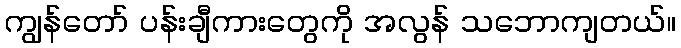
ကျွန်တော် ပန်းချီကားတွေကို အလွန် သဘောကျတယ်။